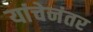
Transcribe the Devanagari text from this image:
यांचेनंतर